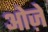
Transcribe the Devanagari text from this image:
ओज़े